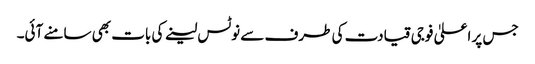
جس پر اعلیٰ فوجی قیادت کی طرف سے نوٹس لینے کی بات بھی سامنے آئی۔